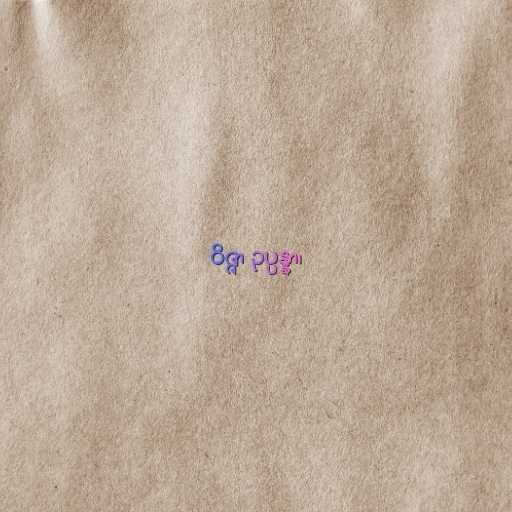
ဝိဇ္ဇာ ဥပ္ပန္နာ၊